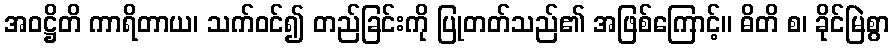
အဝဋ္ဌိတိ ကာရိတာယ၊ သက်ဝင်၍ တည်ခြင်းကို ပြုတတ်သည်၏ အဖြစ်ကြောင့်။ ဓိတိ စ၊ ခိုင်မြဲစွာ